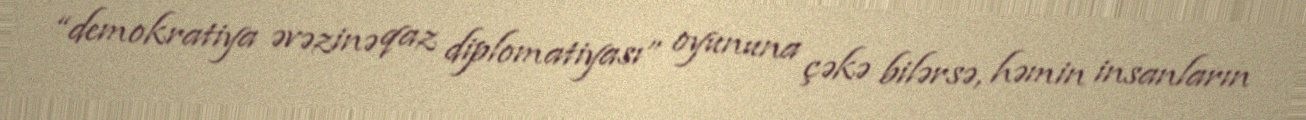
“demokratiya əvəzinə qaz diplomatiyası” oyununa çəkə bilərsə, həmin insanların